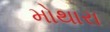
મોથારા